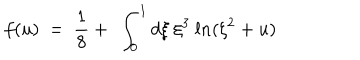
LaTeX: f ( u ) \ = \ \frac { 1 } { 8 } + \ \int _ { 0 } ^ { 1 } d \xi \ \xi ^ { 3 } \ l n ( \xi ^ { 2 } + u )